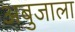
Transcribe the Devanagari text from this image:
अबुजाला